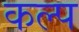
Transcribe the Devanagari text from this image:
कल्‍प